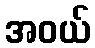
အဝယ်